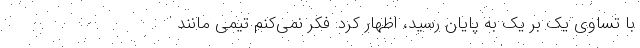
با تساوی یک بر یک به پایان رسید، اظهار کرد: فکر نمی‌کنم تیمی مانند